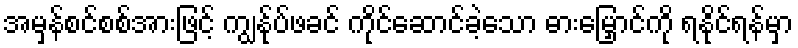
အမှန်စင်စစ်အားဖြင့် ကျွန်ုပ်ဖခင် ကိုင်ဆောင်ခဲ့သော ဓားမြှောင်ကို ရနိုင်ရန်မှာ